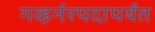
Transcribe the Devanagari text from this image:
गव्हर्नरपदापर्यंत